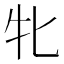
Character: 牝